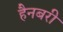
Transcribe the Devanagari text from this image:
हैनबरी